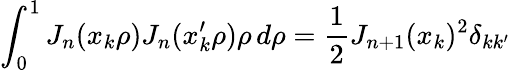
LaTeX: \int_{0}^{1}J_{n}(x_{k}\rho)J_{n}(x_{k}^{\prime}\rho)\rho\, d\rho={\frac{1}{2}}J_{n+1}(x_{k})^{2}\delta_{kk^{\prime}}